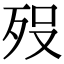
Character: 𭮈